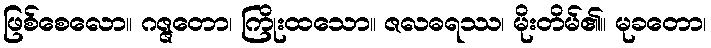
ဖြစ်စေလော။ ဂဇ္ဇတော၊ ကြိုးထသော။ ဇလဓရဿ၊ မိုးတိမ်၏။ မုခတော၊